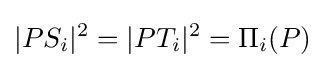
|PS_{i}|^{2}=|PT_{i}|^{2}=\Pi _{i}(P)